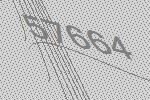
57664